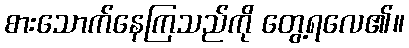
စားသောက်နေကြသည်ကို တွေ့ရလေ၏။